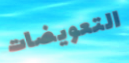
التعويضات